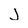
Character: j